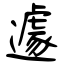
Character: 遽